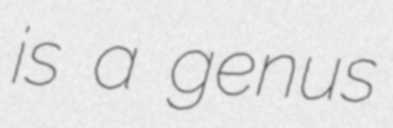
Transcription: is a genus